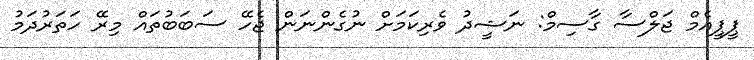
ޕީޕީއެމް ޖަލްސާ ގާސިމް: ނަޝީދު ވެރިކަމަށް ނުގެންނަން ޖެހޭ ސަބަބުތައް މިރޭ ހަތަރުދަމު